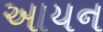
આયન